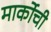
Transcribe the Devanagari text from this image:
मार्कोची